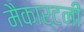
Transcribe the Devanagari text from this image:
मैकार्टनी